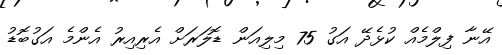
އޭނާ ފިލްމެއް ކުޅެދޭ އަގު 75 މިލިއަން ޑޮލަރަށް އެރިއިރު އެންމެ އަގުބޮޑު